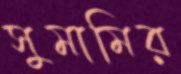
সুমামির